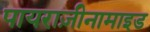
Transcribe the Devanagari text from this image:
पायराज़ीनामाइड